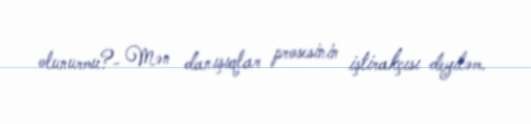
olunurmu?- Mən danışıqlar prosesinin iştirakçısı deyiləm.